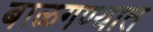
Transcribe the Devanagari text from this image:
बाळगण्यात